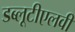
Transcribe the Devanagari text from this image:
डब्लूटीएलवी